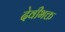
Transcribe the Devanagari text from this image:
देवीभक्त